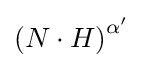
\left(N\cdot H\right)^{\alpha ^{\prime }}